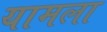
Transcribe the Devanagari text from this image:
यामला